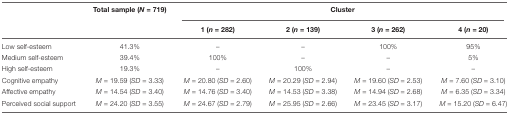
<table><thead><tr><td>[EMPTY_CELL]</td><td><b>Total sample (<i>N</i> = 719)</b></td><td colspan="4"><b>Cluster</b></td></tr><tr><td>[EMPTY_CELL]</td><td>[EMPTY_CELL]</td><td><b>1 (<i>n</i> = 282)</b></td><td><b>2 (<i>n</i> = 139)</b></td><td><b>3 (<i>n</i> = 262)</b></td><td><b>4 (<i>n</i> = 20)</b></td></tr></thead><tbody><tr><td>Low self-esteem</td><td>41.3%</td><td>–</td><td>–</td><td>100%</td><td>95%</td></tr><tr><td>Medium self-esteem</td><td>39.4%</td><td>100%</td><td>–</td><td>–</td><td>5%</td></tr><tr><td>High self-esteem</td><td>19.3%</td><td>–</td><td>100%</td><td>–</td><td>–</td></tr><tr><td>Cognitive empathy</td><td><i>M</i> = 19.59 (<i>SD</i> = 3.33)</td><td><i>M</i> = 20.80 (<i>SD</i> = 2.60)</td><td><i>M</i> = 20.29 (<i>SD</i> = 2.94)</td><td><i>M</i> = 19.60 (<i>SD</i> = 2.53)</td><td><i>M</i> = 7.60 (<i>SD</i> = 3.10)</td></tr><tr><td>Affective empathy</td><td><i>M</i> = 14.54 (<i>SD</i> = 3.40)</td><td><i>M</i> = 14.76 (<i>SD</i> = 3.40)</td><td><i>M</i> = 14.53 (<i>SD</i> = 3.38)</td><td><i>M</i> = 14.94 (<i>SD</i> = 2.68)</td><td><i>M</i> = 6.35 (<i>SD</i> = 3.34)</td></tr><tr><td>Perceived social support</td><td><i>M</i> = 24.20 (<i>SD</i> = 3.55)</td><td><i>M</i> = 24.67 (<i>SD</i> = 2.79)</td><td><i>M</i> = 25.95 (<i>SD</i> = 2.66)</td><td><i>M</i> = 23.45 (<i>SD</i> = 3.17)</td><td><i>M</i> = 15.20 (<i>SD</i> = 6.47)</td></tr></tbody></table>